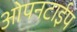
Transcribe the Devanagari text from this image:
ओपनटाईप